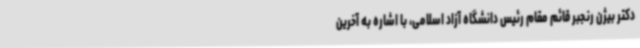
دکتر بیژن رنجبر قائم مقام رئیس دانشگاه آزاد اسلامی، با اشاره به آخرین